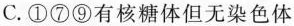
C. ①⑦⑨有核糖体但无染色体